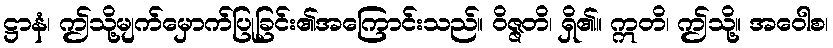
ဋ္ဌာနံ၊ ဤသို့မျက်မှောက်ပြုခြင်း၏အကြောင်းသည်။ ဝိဇ္ဇတိ၊ ရှိ၏။ ဣတိ၊ ဤသို့။ အဝေါစ၊